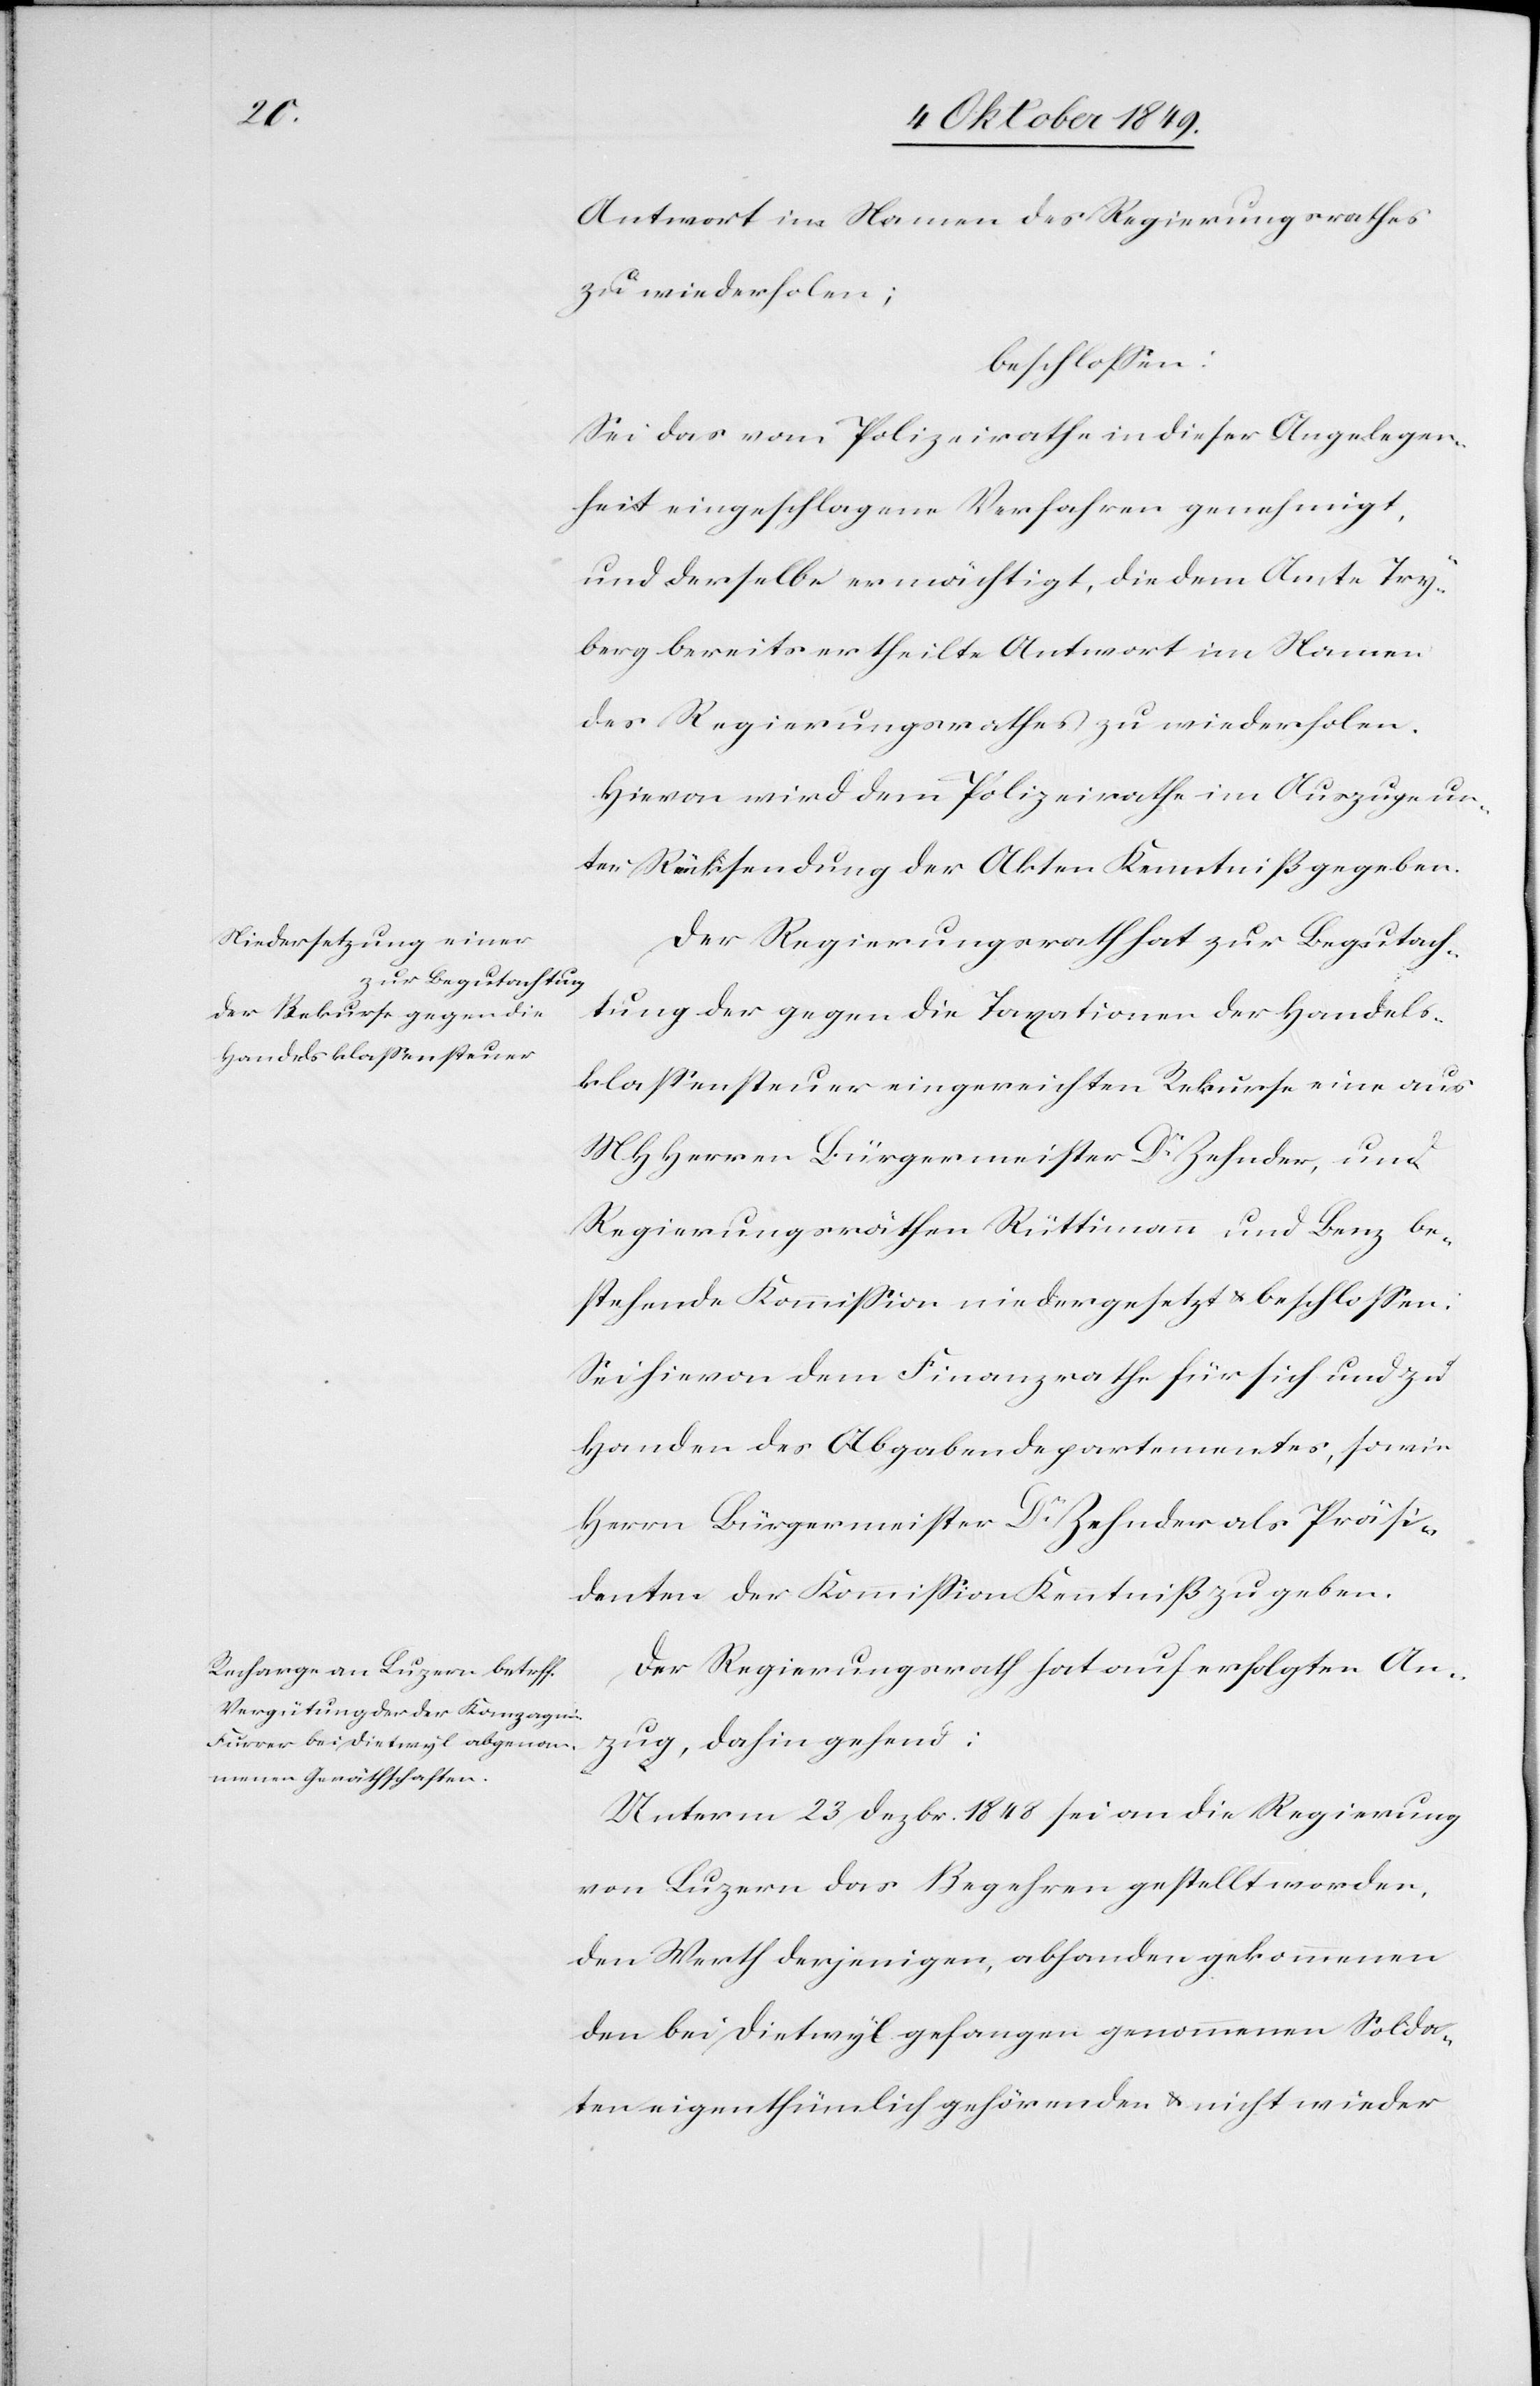
Antwort im Namen des Regierungsrathes
zu wiederholen;
beschloßen:
Sei das vom Polizeirathe in dieser Angelegen¬
heit eingeschlagene Verfahren genehmigt,
und derselbe ermächtigt, die dem Amte Try¬
berg bereits ertheilte Antwort im Namen
des Regierungsrathes zu wiederholen.
Hievon wird dem Polizeirathe im Auszuge un¬
ter Rücksendung der Akten Kenntniß gegeben.
Der Regierungsrath hat zur Begutach¬
tung der gegen die Taxationen der Handels¬
klaßensteuer eingereichten Rekurse eine aus
MHHerren Bürgermeister Dr Zehnder und
Regierungsräthen Rüttimann und Benz be¬
stehende Kommißion niedergesetzt u. beschloßen:
Sei hievon dem Finanzrathe für sich und zu
Handen des Abgabendepartementes, sowie
Herrn Bürgermeister Dr Zehnder als Präsi¬
denten der Kommißion Kenntniß zu geben.
Der Regierungsrath hat auf erfolgten An¬
zug, dahin gehend:
Unterm 23 Dezbr. 1848 sei an die Regierung
von Luzern das Begehren gestellt worden,
den Werth derjenigen, abhanden gekommenen
den bei Dietwyl gefangen genommenen Solda¬
ten eigenthümlichen gehörenden u. nicht wieder